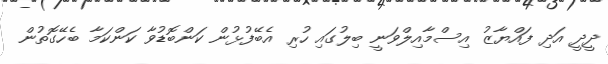
ދީދީ އަދި ފައްޔާޒު އިސްމާއިލްވަނީ ބިލުގައި ހުރި އެބޭފުޅުން ކަންބޮޑުވާ ކަންކަމާ ބެހޭގޮތުން